Sanitation, dispensaries and jails vaccination Rajputana 1922-1927 - 1922-1927
Year: 1922
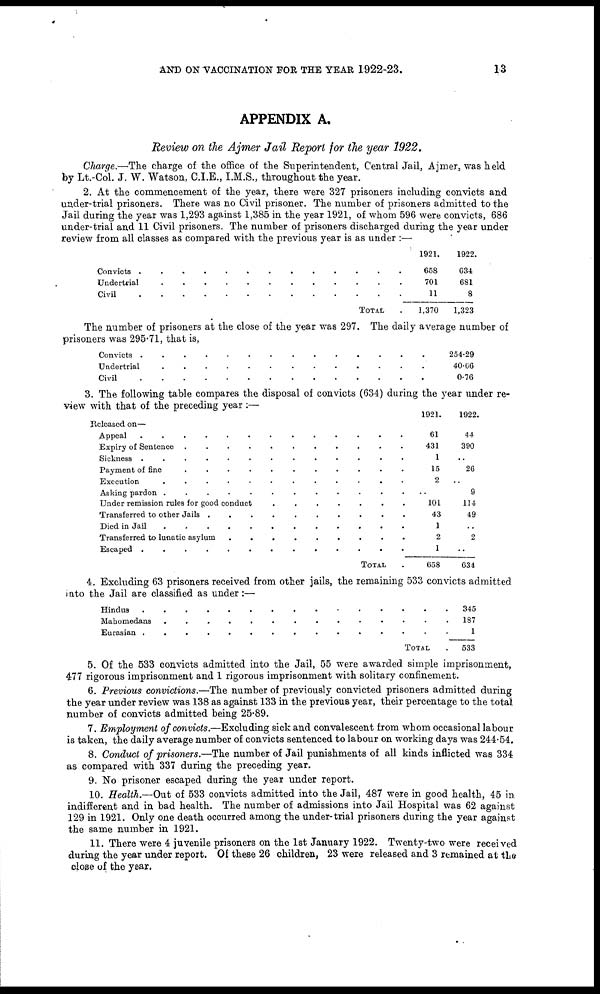
AND ON VACCINATION FOR THE YEAR 1922-23.
13
APPENDIX A.
Review on the Ajmer Jail Report for the year 1922.
Charge.—The charge of the office of the Superintendent, Central Jail, Ajmer, was held
by Lt.-Col. J. W. Watson, C.I.E., I.M.S., throughout the year.
2. At the commencement of the year, there were 327 prisoners including convicts and
under-trial prisoners. There was no Civil prisoner. The number of prisoners admitted to the
Jail during the year was 1,293 against 1,385 in the year 1921, of whom 596 were convicts, 686
under-trial and 11 Civil prisoners. The number of prisoners discharged during the year under
review from all classes as compared with the previous year is as under :—
Convicts . . . . . . . . . . . . . . . . .
Undertrils . . . . . . . . . . . . . . . .
Civil . . . . . . . . . . . . . .
TOTAL .
1921.
658
701
11
1,370
1922.
634
681
8
1,323
The number of prisoners at the close of the year was 297. The daily average number of
prisoners was 295.71, that is,
Convicts . . . . . . . . . . . .
Undertrial . . . . . . . . . . . .
Civil . . . . . . . . . . . . . . .
254.29
40.66
0.76
3. The following table compares the disposal of convicts (634) during the year under re-
view with that of the preceding year :—
Released on—
Appeal . . . . . . . . . . . . . .
Expiry of Sentence . . . . . . . .
Sickness . . . . . . . . . . . .
Payment of fine . . . . . . . . . . .
Execution
.
.
.
.
.
.
.
.
.
.
.
.
Asking pardon . . . . . . . . . . .
Under remission rules for good conduct . . . . . . .
Transferred to other Jails . . . . . . . . . . . .
Died in Jail . . . . . . . . . . . . . .
Transferred to lunatic asylum . . . . . . . . .
Escaped . . . . . . . . . . . . . .
TOTAL .
1921.
61
431
1
15
2
..
101
43
1
2
1
658
1922.
44
390
..
26
..
9
114
49
..
2
..
634
4. Excluding 63 prisoners received from other jails, the remaining 533 convicts admitted
into the Jail are classified as under :—
Hindus . . . . . . . . . . . . . . .
Mahomedans . . . . . . . . . . .
Eurasian . . . . . . . . . . .
TOTAL .
345
187
1
533
5. Of the 533 convicts admitted into the Jail, 55 were awarded simple imprisonment,
477 rigorous imprisonment and 1 rigorous imprisonment with solitary confinement.
6. Previous convictions.—The number of previously convicted prisoners admitted during
the year under review was 138 as against 133 in the previous year, their percentage to the total
number of convicts admitted being 25.89.
7. Employment of convicts.—Excluding sick and convalescent from whom occasional labour
is taken, the daily average number of convicts sentenced to labour on working days was 244.54.
8. Conduct of prisoners.—The number of Jail punishments of all kinds inflicted was 334
as compared with 337 during the preceding year.
9. No prisoner escaped during the year under report.
10. Health.—Out of 533 convicts admitted into the Jail, 487 were in good health, 45 in
indifferent and in bad health. The number of admissions into Jail Hospital was 62 against
129 in 1921. Only one death occurred among the under-trial prisoners during the year against
the same number in 1921.
11. There were 4 juvenile prisoners on the 1st January 1922. Twenty-two were received
during the year under report. Of these 26 children, 23 were released and 3 remained at the
close of the year.